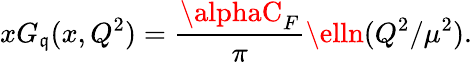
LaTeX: xG_{\mathfrak{q}}(x,Q^{2})={\frac{{\alphaC_{F}}}{{\pi}}}\elln(Q^{2}/\mu^{2}).